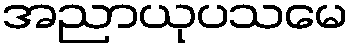
အညာယုပသမေ